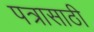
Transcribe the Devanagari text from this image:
पत्रासाठी